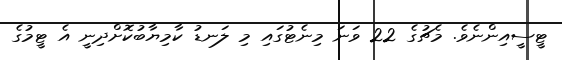
ޓީސީއިންނެވެ. މެޗުގެ 22 ވަނަ މިނެޓުގައި މި ލަނޑު ކާމިޔާބުކޮށްދިނީ އެ ޓީމުގެ